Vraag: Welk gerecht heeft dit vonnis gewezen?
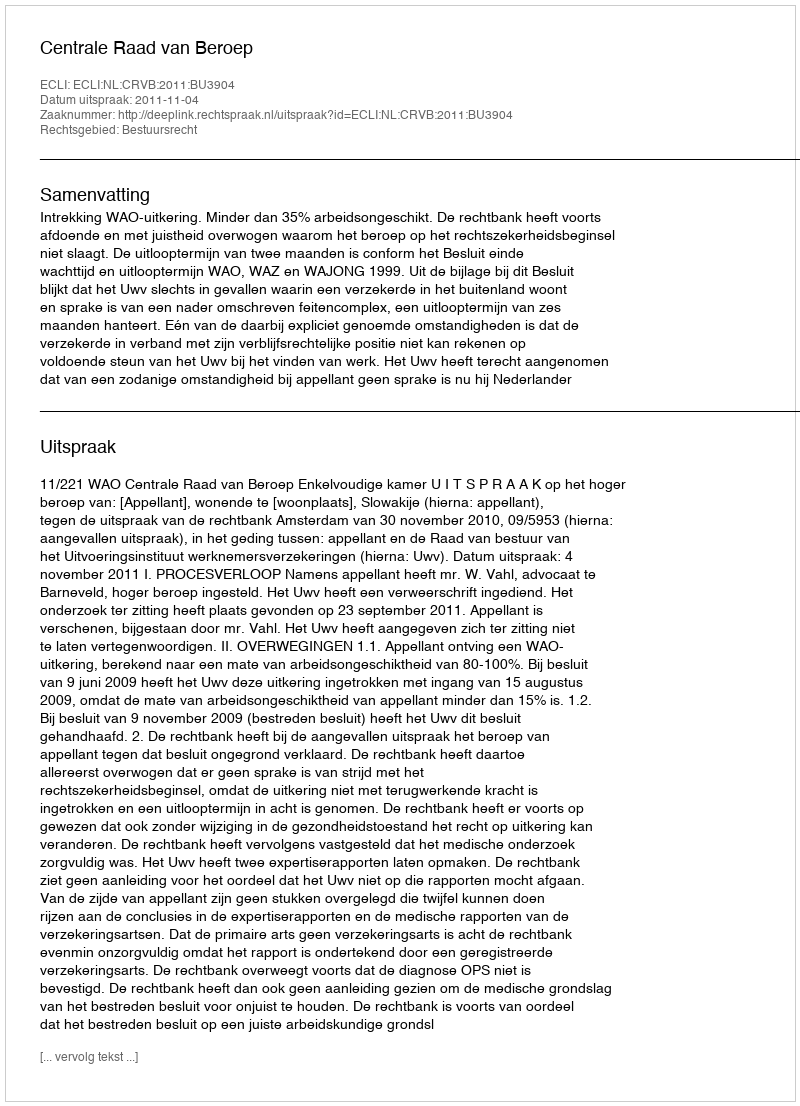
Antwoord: Centrale Raad van Beroep